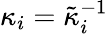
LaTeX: \kappa_{i}=\tilde{\kappa}_{i}^{-1}